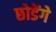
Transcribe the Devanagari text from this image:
छोडेंगे